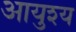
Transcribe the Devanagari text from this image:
आयुश्य